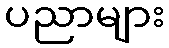
ပညာများ